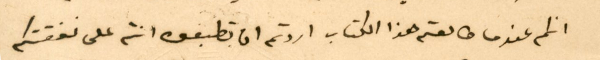
انكم عندما طالعتم هذا الكتاب اردتم ان تطبعوه انتم على نفقتكم